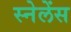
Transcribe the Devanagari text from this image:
स्नेलेंस